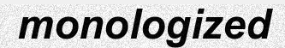
monologized